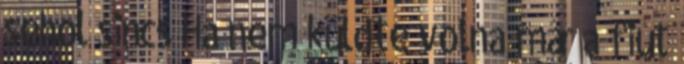
sehol sincs Ha nem küldte volna már a fiút